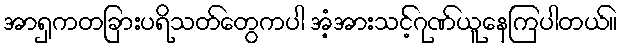
အာရှကတခြားပရိသတ်တွေကပါ အံ့အားသင့်ဂုဏ်ယူနေကြပါတယ်။